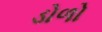
ડોળો